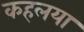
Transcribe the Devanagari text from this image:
कहलया